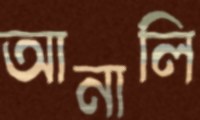
আনালি